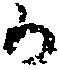
か